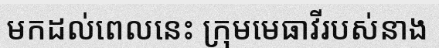
មកដល់ពេលនេះ ក្រុមមេធាវីរបស់នាង